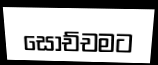
සොච්චමට